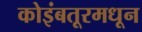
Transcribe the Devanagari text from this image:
कोइंबतूरमधून